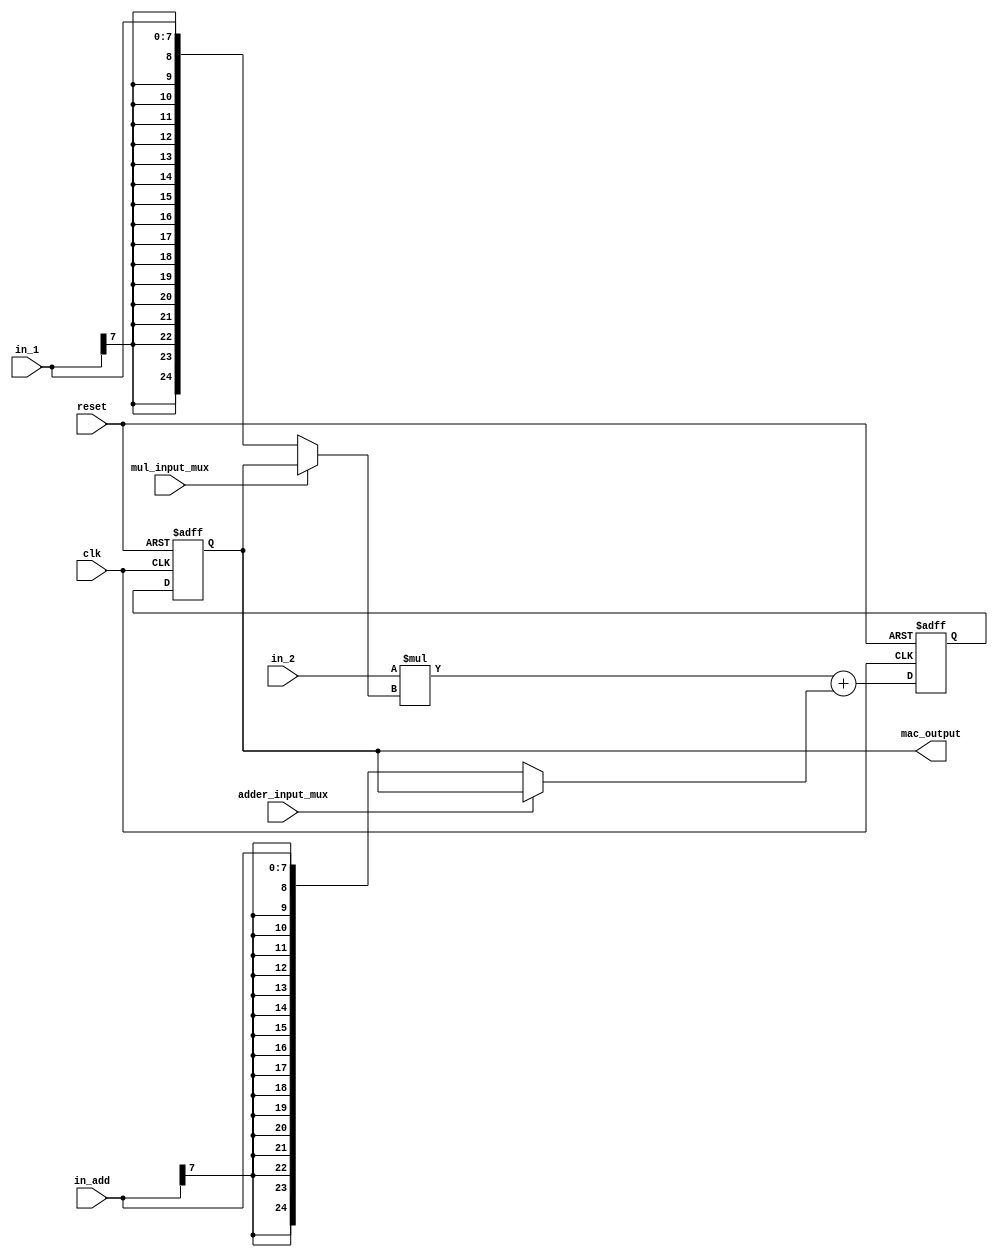
////////////////////////////////////////////////////
//Module : Multiplier / Accumulator
//Discreption : Multiplies and accumulates three inputs 
////////////////////////////////////////////////////
module MAC_mac_unit(
	clk,
	reset,
	in_1,
	in_2,
	in_add,
	mul_input_mux,
	adder_input_mux,
	mac_output
);

	input clk, reset;
	input signed [7:0] in_1, in_2; 
	input mul_input_mux, adder_input_mux;

	input signed [7:0] in_add;

	//Due to carry-out and mull oporation the output is 25 bit 
	output signed [24:0] mac_output;

	reg signed [24:0] adder_out;
	wire signed [23:0] mul_out;
	reg signed [24:0] intermidiate_res;

	//Assign mac_output as the value of the register 
	assign mac_output = intermidiate_res;

	//Do the mul with out delay 
	//Input Select for mul Mux modes 1 for reg 0 for in_1
	assign mul_out = in_2 * ( (mul_input_mux) ? intermidiate_res : in_1);

	always @(posedge clk or posedge reset) begin
		if(reset) begin
			adder_out <= 'b0;
			intermidiate_res <= 'b0;
		end	else begin
			//input Select for adder mux modes 1 for reg 0 for in_add
			adder_out <= mul_out + ((adder_input_mux) ? intermidiate_res :  in_add);
			intermidiate_res <= adder_out;
		end
	end
endmodule // MAC_mac_unit